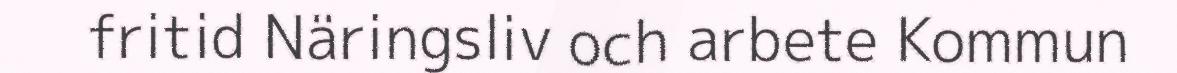
fritid Näringsliv och arbete Kommun